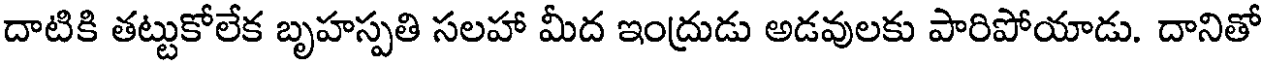
దాటికి తట్టుకోలేక బృహస్పతి సలహా మీద ఇంద్రుడు అడవులకు పారిపోయాడు. దానితో